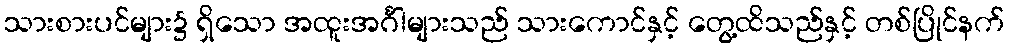
သားစားပင်များ၌ ရှိသော အထူးအင်္ဂါများသည် သားကောင်နှင့် တွေ့ထိသည်နှင့် တစ်ပြိုင်နက်